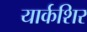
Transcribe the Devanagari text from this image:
यार्कशिर